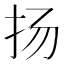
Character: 扬